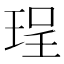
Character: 珵